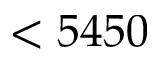
< 5 4 5 0